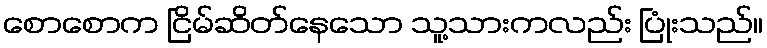
စောစောက ငြိမ်ဆိတ်နေသော သူ့သားကလည်း ပြုံးသည်။